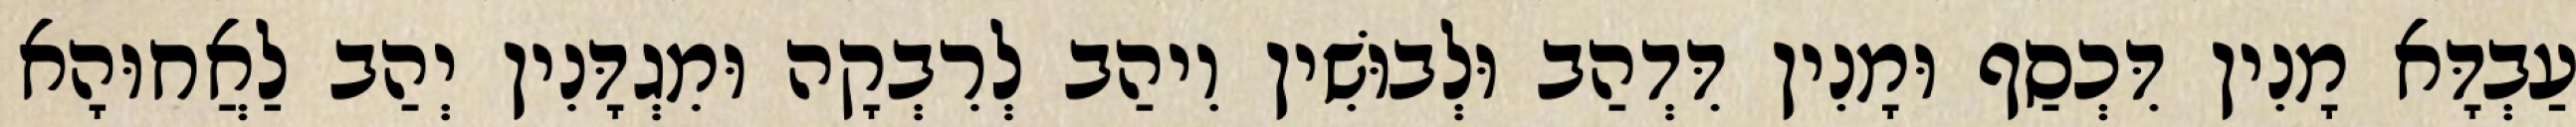
עַבְדָּא מָנִין דִּכְסַף וּמָנִין דִּדְהַב וּלְבוּשִׁין וִיהַב לְרִבְקָה וּמִגְדָּנִין יְהַב לַאֲחוּהָא